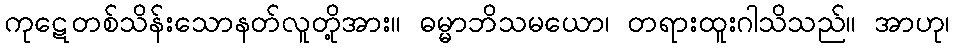
ကုဋေတစ်သိန်းသောနတ်လူတို့အား။ ဓမ္မာဘိသမယော၊ တရားထူးဂါသိသည်။ အာဟု၊